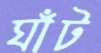
ঘাঁট